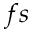
f s